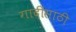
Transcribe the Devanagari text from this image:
गादीसाठी